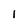
Character: 1